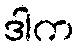
ဒါက